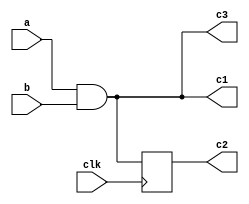
module tri_assignments(
    input   wire        clk,
    input   wire        a,
    input   wire        b,
    output  wire        c1,
    output  reg         c2,
    output  reg         c3
);

assign c1 = a & b;

always @(posedge clk)begin
    c2 <= a & b;
end

// 
always @(*)begin
    c3 = a & b;
end


endmodule